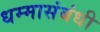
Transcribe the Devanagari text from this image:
धम्मासंबंधी